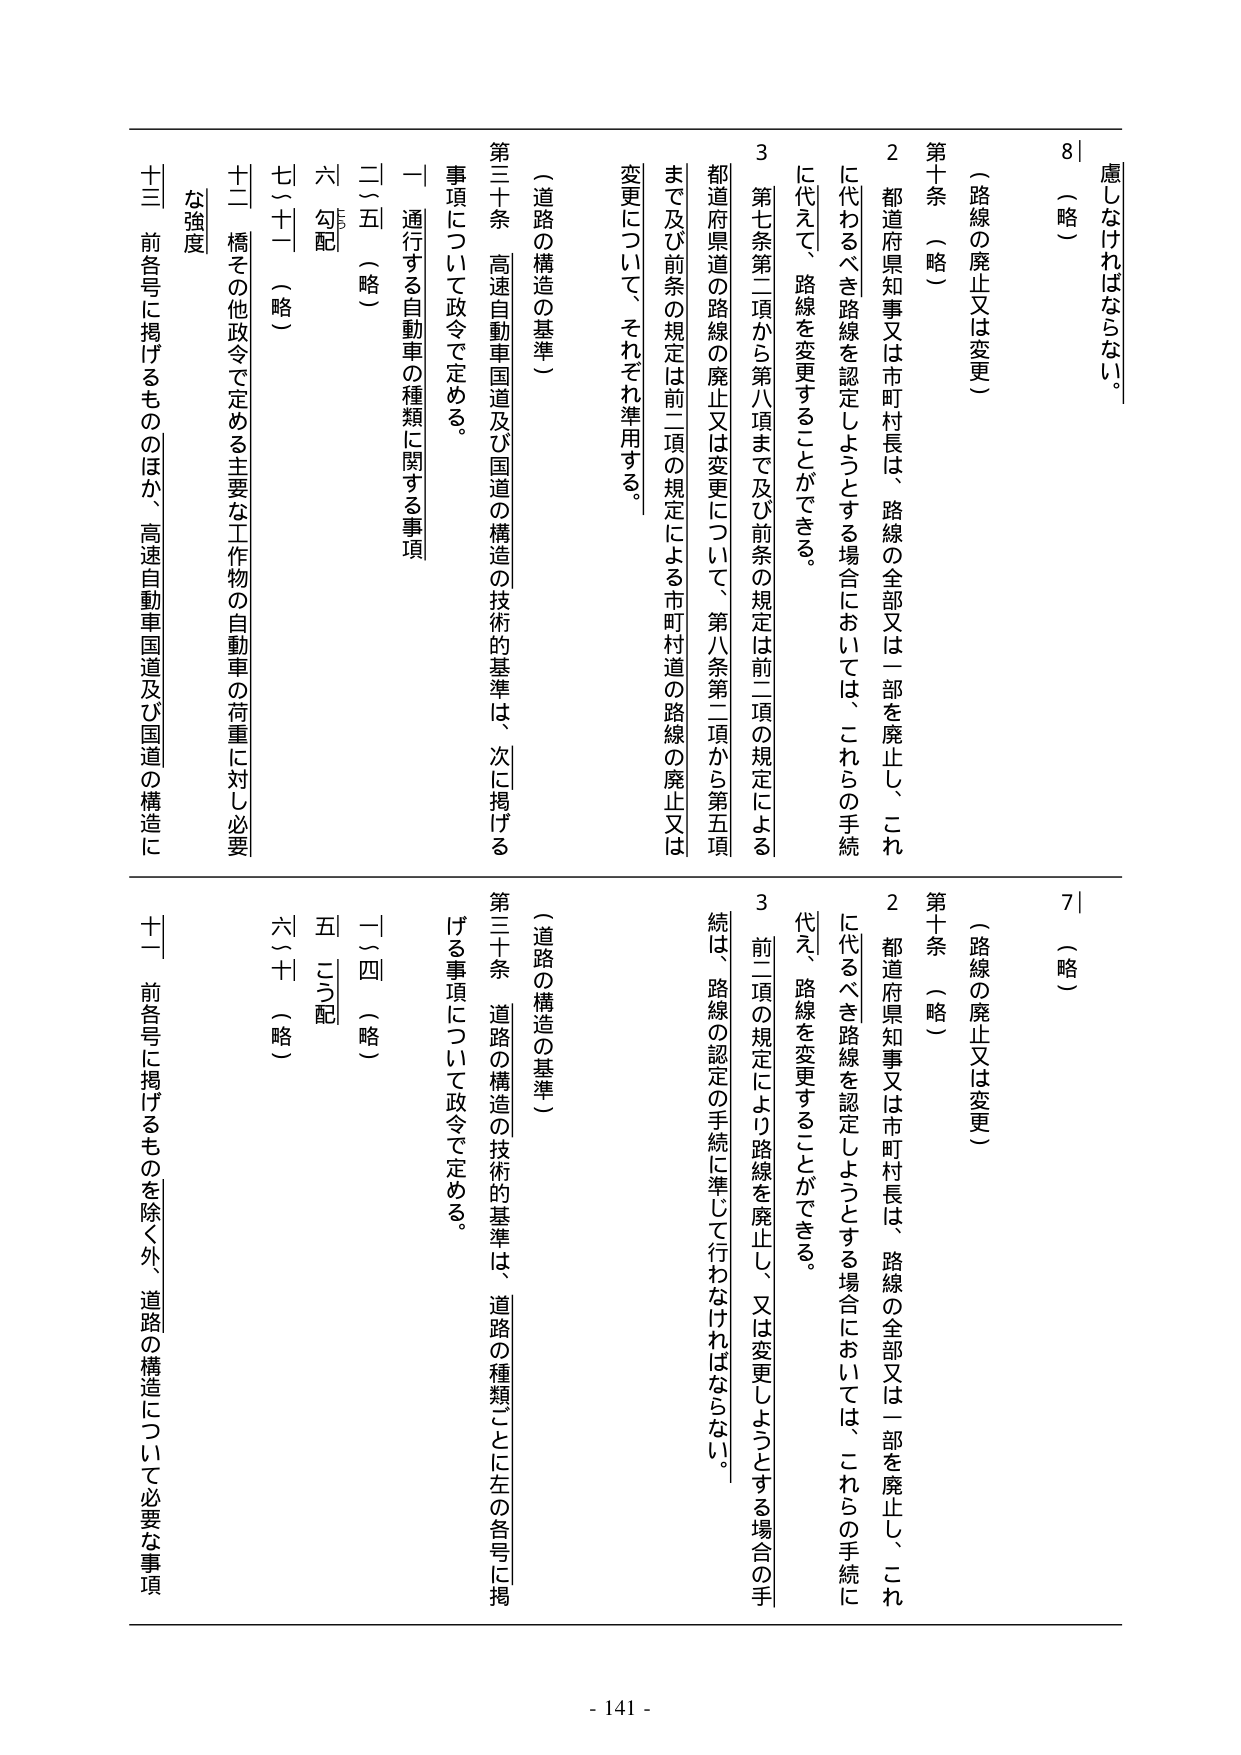
慮しなければならない。
8 （略）
（路線の廃止又は変更）
第十条 （略）
2 都道府県知事又は市町村長は、路線の全部又は一部を廃止し、これに代わるべき路線を認定しようとする場合においては、これらの手続に代えて、路線を変更することができる。
3 第七条第二項から第八項まで及び前条の規定は前二項の規定による都道府県道の路線の廃止又は変更について、第八条第二項から第五項まで及び前条の規定は前二項の規定による市町村道の路線の廃止又は変更について、それぞれ準用する。
（道路の構造の基準）
第三十条 高速自動車国道及び国道の構造の技術的基準は、次に掲げる事項について政令で定める。
一 通行する自動車の種類に関する事項
二～五 （略）
六 勾配
七～十一 （略）
十二 橋その他政令で定める主要な工作物の自動車の荷重に対し必要な強度
十三 前各号に掲げるもののほか、高速自動車国道及び国道の構造に
7 （略）
（路線の廃止又は変更）
第十条 （略）
2 都道府県知事又は市町村長は、路線の全部又は一部を廃止し、これに代わるべき路線を認定しようとする場合においては、これらの手続に代え、路線を変更することができる。
3 前二項の規定により路線を廃止し、又は変更しようとする場合の手続は、路線の認定の手続に準じて行わなければならない。
（道路の構造の基準）
第三十条 道路の構造の技術的基準は、道路の種類ごとに左の各号に掲げる事項について政令で定める。
一～四 （略）
五 勾配
六～十 （略）
十一 前各号に掲げるものを除く外、道路の構造について必要な事項
- 141 -